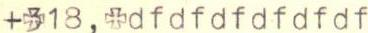
+18,dfdfdfdfdfdf